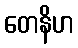
တေနိဟ